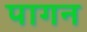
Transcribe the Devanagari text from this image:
पागन